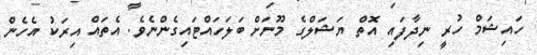
ހައިޝަމް ހުރީ ނިދާފައި އޮތް ޔަޝަލްގެ މޫނަށް ބަލަހައްޓައިގެންނެވެ. އެތައް އިރަކު އެހެން